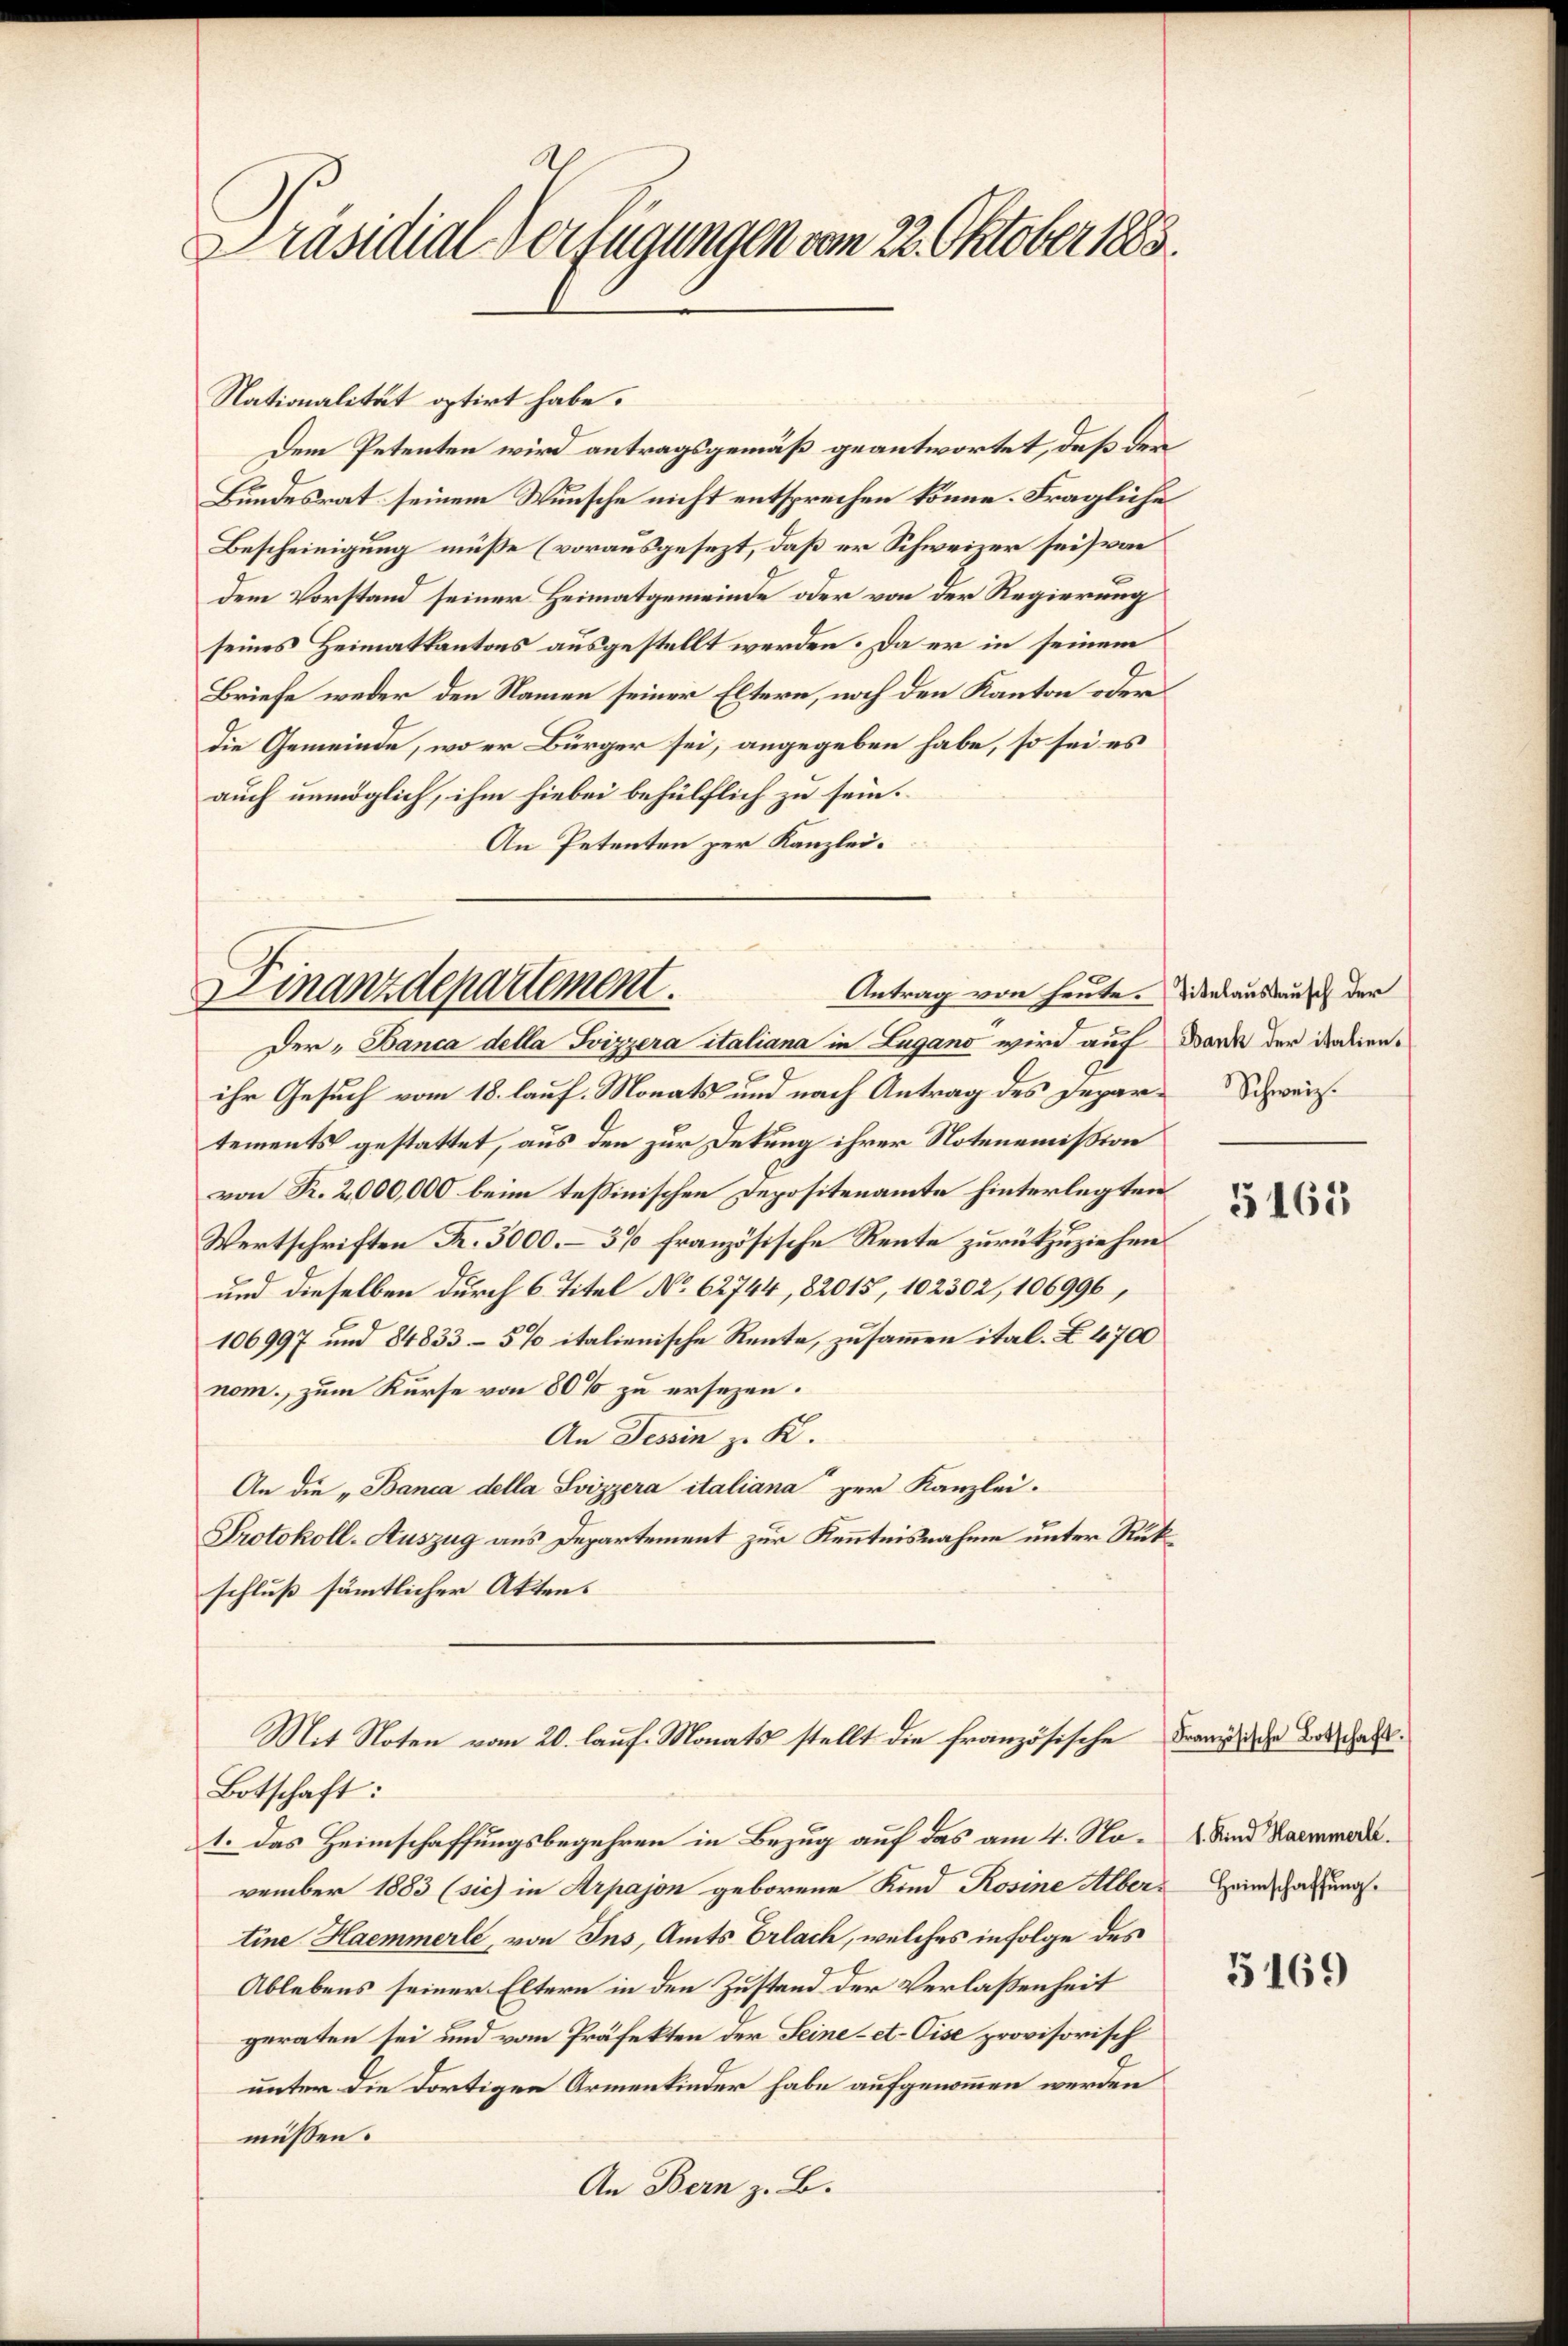
Präsidial-Verfügungen vom 22. Oktober 1883.

Nationalität optirt habe.
Dem Petenten wird antragsgemäß geantwortet, daß der
Bundesrat seinem Wunsche nicht entsprechen könne. Fragliche
Bescheinigung müße (vorausgesezt, daß er Schweizer sei von
dem Vorstand seiner Heimatgemeinde oder von der Regierung
seines Heimatkantons ausgestellt werden. Da er in seinem
Briefe weder den Namen seiner Eltern, noch den Kanton oder
die Gemeinde, wo er Bürger sei, angegeben habe, so sei es
auch unmöglich, ihm hiebei behülflich zu sein.
An Petenten per Kanzlei.

Finanzdepartement.
Antrag von heute. Titelaustausch der
Der Banca della Svizzera italiana in Lugano wird auf

ihr Gesuch vom 18. lauf. Monats und nach Antrag des Depar-Schweiz.
tements gestattet, aus den zur Dekung ihrer Notenemission
von Fr. 2,000,000 beim tessinischen Depositenamte hinterlegten
Wertschriften K. 5000. – 3% französische Rente zurückzuziehen.
und dieselben durch 6. Titel No 62744, 82015, 102302, 106996,
106997 und 84833–5% italienische Rente, zusammen ital. Z. 4700
nom., zum Kurse von 80% zu ersezen.
An Tessin zu K.
An die „Banca della Svizzera italiana zur Kanzlei-
Protokoll-Auszug aus Departement zur Kenntnisnahme unter Rükschluß sämmtlicher Akten.
Mit Noten vom 20. lauf. Monats stellt die französische Franzische Botschaf
Botschaft:
1. Das Heimschaffungsbegehren in Bezug auf das am 4. November 1883 (sich in Arpajon geborene Kind Rosine Alber Heimschaftung
tine Haemmerle, von Ins, Amts Erlach, welches in Folge des
Ablebens seiner Eltern in den Zustand der Verlassenheit
geraten sei und vom Präfekten der Seine - et. Cise provisorisch
unter die dortigen Armenkinder habe aufgenommen werden
müssen.
An Bern z. B.

Bank der italien.

5163

1. Kind Haemmerle

5169